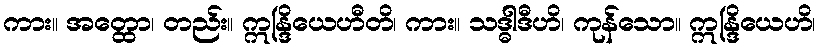
ကား။ အတ္ထော၊ တည်း။ ဣန္ဒြိယေဟီတိ၊ ကား။ သဒ္ဓါဒီဟိ၊ ကုန်သော။ ဣန္ဒြိယေဟိ၊